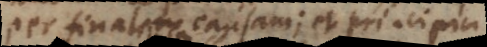
per finalem causam; et principia